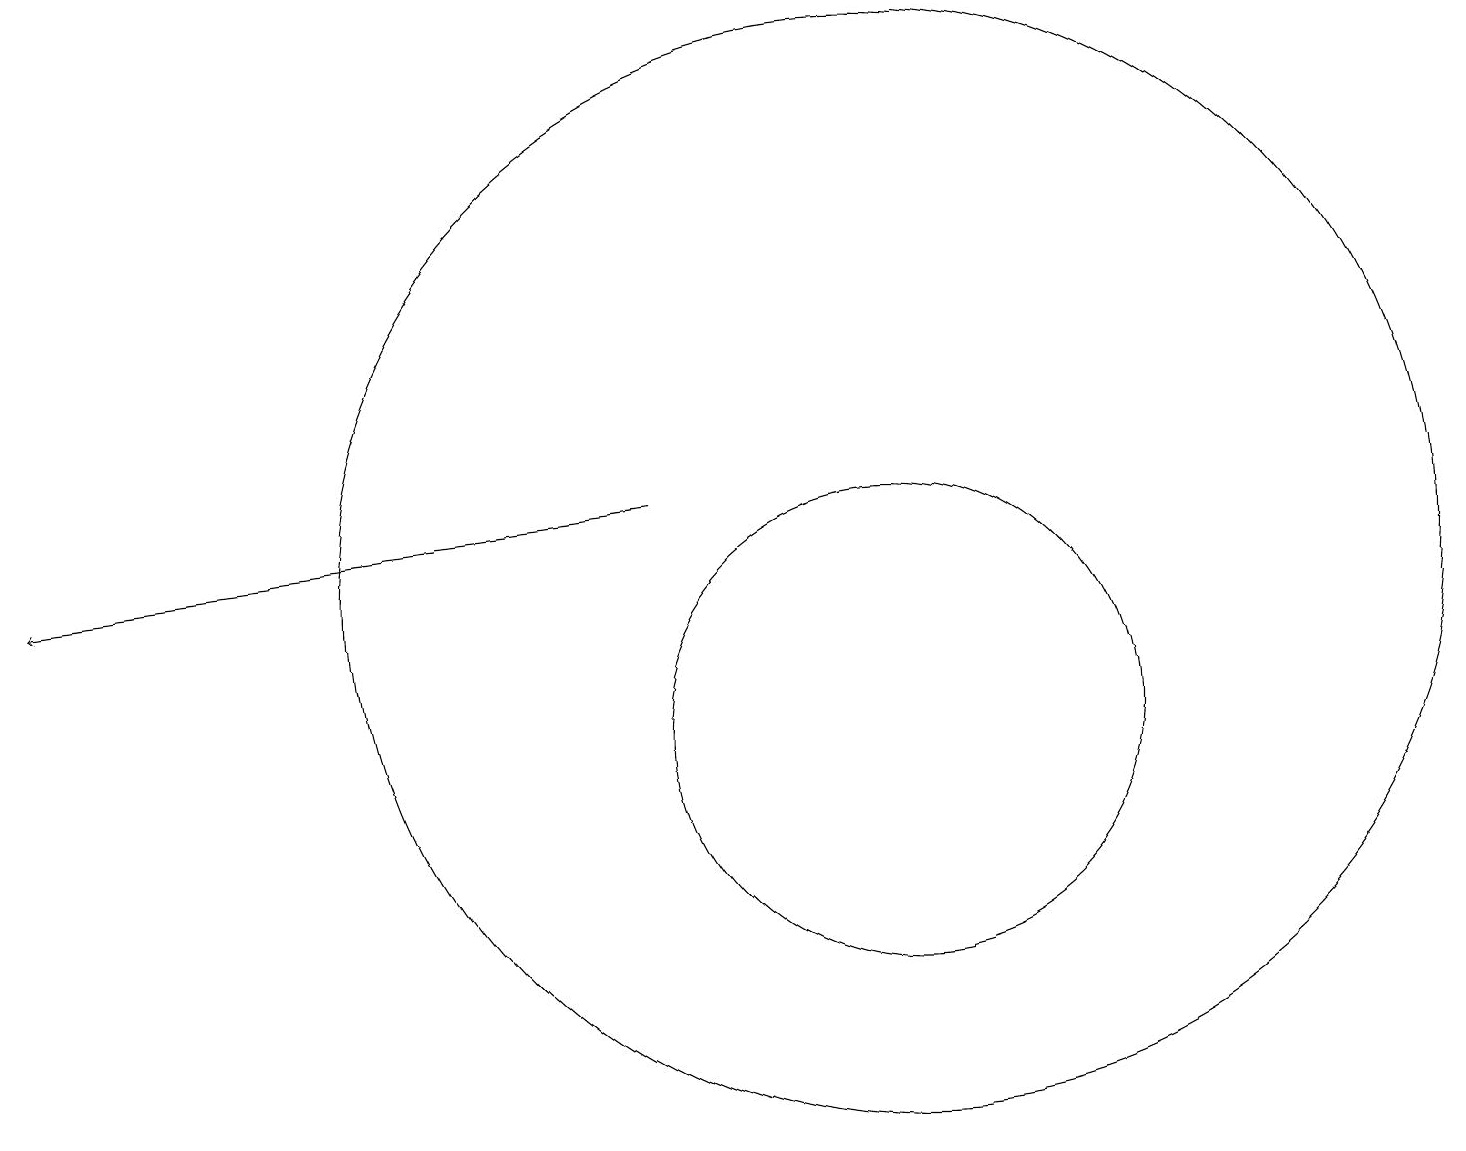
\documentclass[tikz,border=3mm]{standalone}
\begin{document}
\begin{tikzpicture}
\draw (11,10) circle (3);
\draw (11,12) circle (7);
\draw (10,10) circle (0);
\draw[->] (8,13) -- (0,12);
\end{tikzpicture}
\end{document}